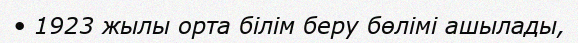
• 1923 жылы орта білім беру бөлімі ашылады,